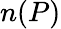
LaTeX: n(P)